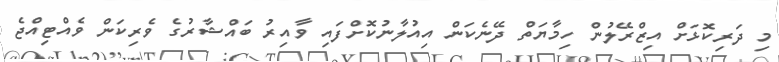
މި ދަރިކޮޅަށް އިޒްރޭލުން ހިމާޔަތް ދޭނެކަން އިއުލާނުކޮށްފައި ވާއިރު ބައްޝާރުގެ ވެރިކަން ވެއްޓިއްޖެ